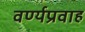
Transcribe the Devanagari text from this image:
वर्ण्यप्रवाह